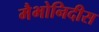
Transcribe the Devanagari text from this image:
मैभोनिदीस